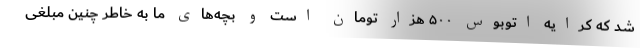
شد که کرایه اتوبوس ۵۰۰ هزار تومان است و بچه‌های ما به خاطر چنین مبلغی